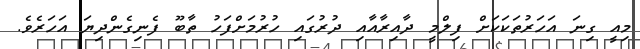
މިއީ ގިނަ އަހަރުތަކަކަށް ފިލްމީ ދާއިރާއާއި ދުރުގައި ހުރުމަށްފަހު ތާބޫ ފެނިގެންދިޔަ އަހަރެވެ.